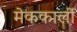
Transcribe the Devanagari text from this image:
मेककार्ली